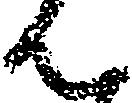
ん